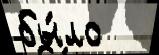
бы́ло